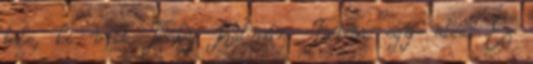
bele, ki volt Thaly Kálmán. Tudom, egy utca. Ez